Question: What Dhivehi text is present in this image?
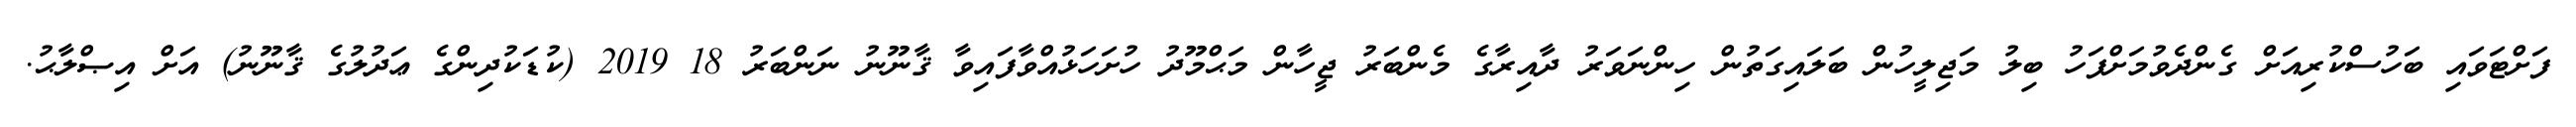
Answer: ފަށްޓަވައި ބަހުސްކުރިއަށް ގެންދެވުމަށްފަހު ބިލު މަޖިލީހުން ބަލައިގަތުން ހިންނަވަރު ދާއިރާގެ މެންބަރު ޖީހާން މަޙްމޫދު ހުށަހަޅުއްވާފައިވާ ޤާނޫނު ނަންބަރު 18 2019 (ކުޑަކުދިންގެ ޢަދުލުގެ ޤާނޫނު) އަށް އިޞްލާޙު.